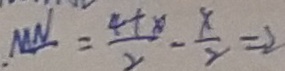
M N = \frac { 4 + x } { 2 } - \frac { x } { 2 } = 2